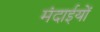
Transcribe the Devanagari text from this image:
मंदाईयों